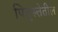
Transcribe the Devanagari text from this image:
पितृस्त्तेतील